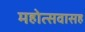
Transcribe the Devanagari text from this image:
महोत्सवासह